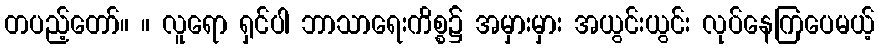
တပည့်တော်။ ။ လူရော ရှင်ပါ ဘာသာရေးကိစ္စ၌ အမှားမှား အယွင်းယွင်း လုပ်နေကြပေမယ့်